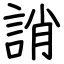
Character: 誚